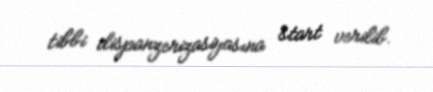
tibbi dispanzerizasiyasına start verilib.